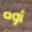
أوه